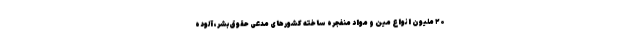
۲۰ ملیون انواع مین و مواد منفجره ساخته کشورهای مدعی حقوق بشر، آلوده